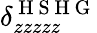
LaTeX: \delta_{zzzzz}^{\mathrm{~H~S~H~G~}}